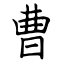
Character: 曹